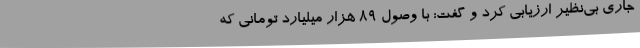
جاری بی‌نظیر ارزیابی کرد و گفت: با وصول ۸۹ هزار میلیارد تومانی که